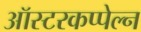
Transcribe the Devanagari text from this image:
ऑस्टरकप्पेल्न